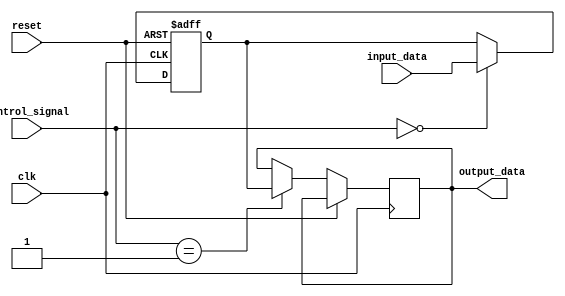
module bypass_register (
    input wire clk,
    input wire reset,
    input wire [7:0] input_data,
    input wire [2:0] control_signal,
    output reg [7:0] output_data
);

reg [7:0] bypass_data;

always @(posedge clk or posedge reset)
begin
    if (reset)
        bypass_data <= 8'b0;
    else
        case (control_signal)
            3'b000: bypass_data <= input_data;
            3'b001: output_data <= bypass_data;
            default: bypass_data <= bypass_data;
        endcase
end

endmodule